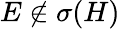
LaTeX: E\notin\sigma(H)